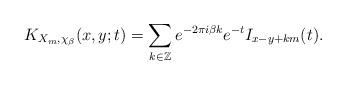
LaTeX: \begin{align*} K_{X_{m},\chi_{\beta}}(x,y;t) = \sum_{k\in \mathbb{Z}} e^{-2\pi i \beta k} e^{-t} I_{x-y+km}(t).\end{align*}